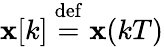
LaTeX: \mathbf{x}[k]\ {\stackrel{\mathrm{def}}{=}}\ \mathbf{x}(kT)